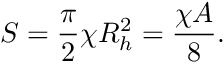
S = { \frac { \pi } { 2 } } \chi R _ { h } ^ { 2 } = { \frac { \chi A } { 8 } } .